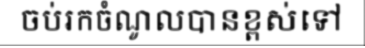
ចប់រកចំណូលបានខ្ពស់ទៅ